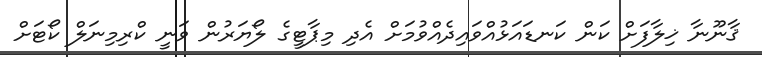
ޤާނޫނާ ޚިލާފަށް ކަން ކަނޑައަޅުއްވައިދެއްވުމަށް އެދި މިޕާޓީގެ ލޯޔަރުން ވަނީ ކްރިމިނަލް ކޯޓަށް